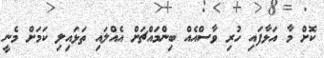
ކޮށް މާ އަޅާފައި ހުރި ވާސްއެއް ބިންމައްޗަށް އެއްލައި ތަޅައިލި ކަމަށް މެނީ